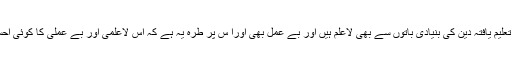
بہت سے اعلی تعلیم یافتہ دین کی بنیادی باتوں سے بھی لاعلم ہیں اور بے عمل بھی اورا س پر طرہ یہ ہے کہ اس لاعلمی اور بے عملی کا کوئی احساس نہیں ہے ۔